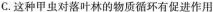
C.这种甲虫对落叶林的物质循环有促进作用